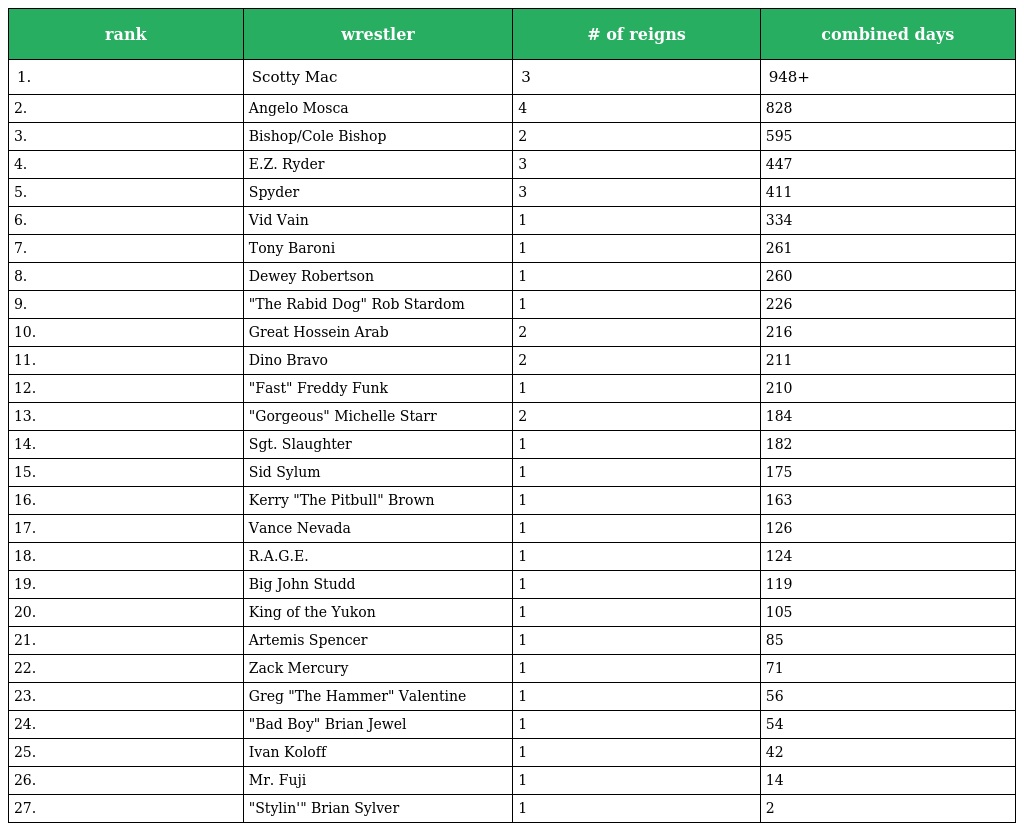
| rank | wrestler | # of reigns | combined days |
 | --- | --- | --- | --- |
 | 1. | Scotty Mac | 3 | 948+ |
 | 2. | Angelo Mosca | 4 | 828 |
 | 3. | Bishop/Cole Bishop | 2 | 595 |
 | 4. | E.Z. Ryder | 3 | 447 |
 | 5. | Spyder | 3 | 411 |
 | 6. | Vid Vain | 1 | 334 |
 | 7. | Tony Baroni | 1 | 261 |
 | 8. | Dewey Robertson | 1 | 260 |
 | 9. | "The Rabid Dog" Rob Stardom | 1 | 226 |
 | 10. | Great Hossein Arab | 2 | 216 |
 | 11. | Dino Bravo | 2 | 211 |
 | 12. | "Fast" Freddy Funk | 1 | 210 |
 | 13. | "Gorgeous" Michelle Starr | 2 | 184 |
 | 14. | Sgt. Slaughter | 1 | 182 |
 | 15. | Sid Sylum | 1 | 175 |
 | 16. | Kerry "The Pitbull" Brown | 1 | 163 |
 | 17. | Vance Nevada | 1 | 126 |
 | 18. | R.A.G.E. | 1 | 124 |
 | 19. | Big John Studd | 1 | 119 |
 | 20. | King of the Yukon | 1 | 105 |
 | 21. | Artemis Spencer | 1 | 85 |
 | 22. | Zack Mercury | 1 | 71 |
 | 23. | Greg "The Hammer" Valentine | 1 | 56 |
 | 24. | "Bad Boy" Brian Jewel | 1 | 54 |
 | 25. | Ivan Koloff | 1 | 42 |
 | 26. | Mr. Fuji | 1 | 14 |
 | 27. | "Stylin'" Brian Sylver | 1 | 2 |